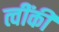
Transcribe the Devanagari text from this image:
त्वींकी